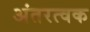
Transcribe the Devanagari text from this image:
अंतरत्‍वक